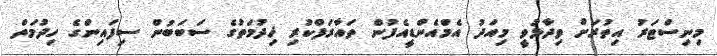
މިނިސްޓަރު އިތުރަށް ވިދާޅުވީ މިއަދު އެމްއެންޑީއެފުން ތައާރަފްކުރި ޚިދުމަތުގެ ސަބަބުން ސިފައިންގެ ހިދުމަތް